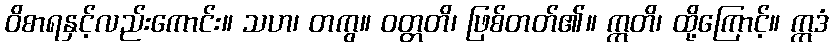
ဝိစာရနှင့်လည်းကောင်း။ သဟ၊ တကွ။ ဝတ္တတိ၊ ဖြစ်တတ်၏။ ဣတိ၊ ထို့ကြောင့်။ ဣဒံ